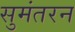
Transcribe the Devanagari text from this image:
सुमंतरन